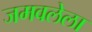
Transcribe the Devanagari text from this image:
जमवलेला